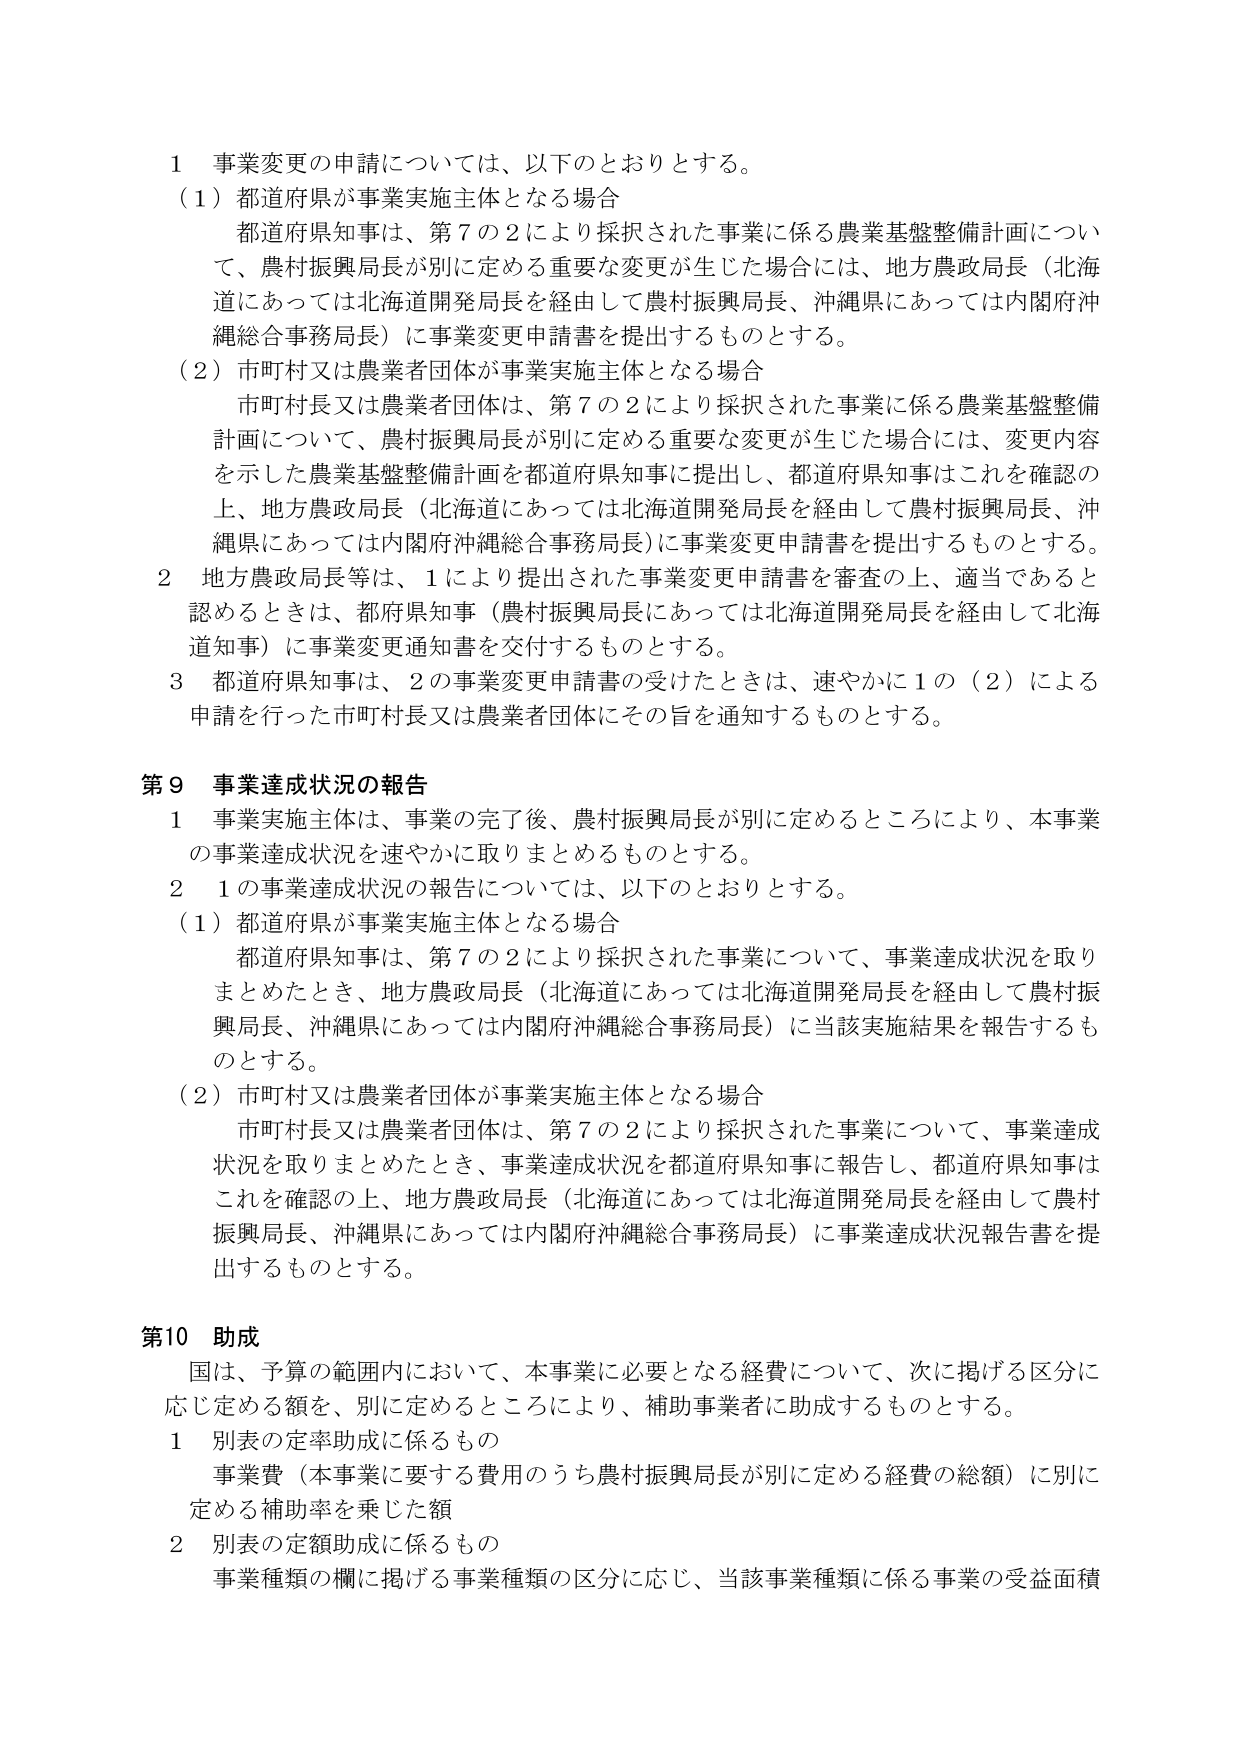
1 事業変更の申請については、以下のとおりとする。
（1）都道府県が事業実施主体となる場合
　都道府県知事は、第7の2により採択された事業に係る農業基盤整備計画について、農村振興局長が別に定める重要な変更が生じた場合には、地方農政局長（北海道にあっては北海道開発局長を経由して農村振興局長、沖縄県にあっては内閣府沖縄総合事務局長）に事業変更申請書を提出するものとする。
（2）市町村又は農業者団体が事業実施主体となる場合
　市町村長又は農業者団体は、第7の2により採択された事業に係る農業基盤整備計画について、農村振興局長が別に定める重要な変更が生じた場合には、変更内容を示した農業基盤整備計画を都道府県知事に提出し、都道府県知事はこれを確認の上、地方農政局長（北海道にあっては北海道開発局長を経由して農村振興局長、沖縄県にあっては内閣府沖縄総合事務局長）に事業変更申請書を提出するものとする。
2 地方農政局長等は、1により提出された事業変更申請書を審査の上、適当であると認めるときは、都府県知事（農村振興局長にあっては北海道開発局長を経由して北海道知事）に事業変更通知書を交付するものとする。
3 都道府県知事は、2の事業変更申請書の受けたときは、速やかに1の（2）による申請を行った市町村長又は農業者団体にその旨を通知するものとする。

第9 事業達成状況の報告
1 事業実施主体は、事業の完了後、農村振興局長が別に定めるところにより、本事業の事業達成状況を速やかに取りまとめるものとする。
2 1の事業達成状況の報告については、以下のとおりとする。
（1）都道府県が事業実施主体となる場合
　都道府県知事は、第7の2により採択された事業について、事業達成状況を取りまとめたとき、地方農政局長（北海道にあっては北海道開発局長を経由して農村振興局長、沖縄県にあっては内閣府沖縄総合事務局長）に当該実施結果を報告するものとする。
（2）市町村又は農業者団体が事業実施主体となる場合
　市町村長又は農業者団体は、第7の2により採択された事業について、事業達成状況を取りまとめたとき、事業達成状況を都道府県知事に報告し、都道府県知事はこれを確認の上、地方農政局長（北海道にあっては北海道開発局長を経由して農村振興局長、沖縄県にあっては内閣府沖縄総合事務局長）に事業達成状況報告書を提出するものとする。

第10 助成
　国は、予算の範囲内において、本事業に必要となる経費について、次に掲げる区分に応じ定める額を、別に定めるところにより、補助事業者に助成するものとする。
1 別表の定率助成に係るもの
　事業費（本事業に要する費用のうち農村振興局長が別に定める経費の総額）に別に定める補助率を乗じた額
2 別表の定額助成に係るもの
　事業種類の欄に掲げる事業種類の区分に応じ、当該事業種類に係る事業の受益面積